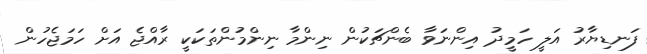
ފަނޑިޔާރު އަލީ ހަމީދު އިންނަވާ ބެންޗަކުން ނިންމާ ނިންމުންތަކަކީ ރާއްޖެ އަށް ހަމަޖެހުން